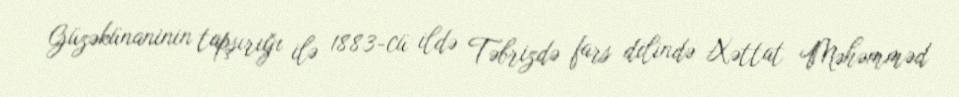
Güzəkünaninin tapşırığı ilə 1883-cü ildə Təbrizdə fars dilində Xəttat Məhəmməd